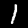
Label: 1